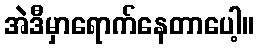
အဲဒီမှာရောက်နေတာပေါ့။